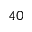
4 0